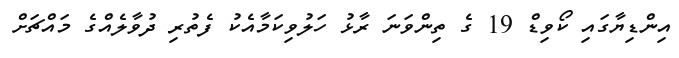
އިންޑިޔާގައި ކޯވިޑް 19 ގެ ތިންވަނަ ރާޅު ހަލުވިކަމާއެކު ފެތުރި ދުވާލެއްގެ މައްޗަށް